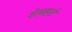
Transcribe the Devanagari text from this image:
शेनहार्ट